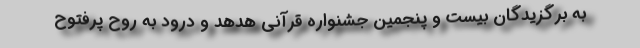
به برگزیدگان بیست و پنجمین جشنواره قرآنی هدهد و درود به روح پرفتوح